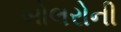
બોલરોની